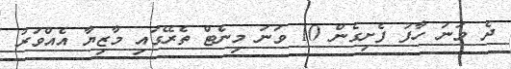
ދެ ވަނަ ހާފު ފެށިގެން 10 ވަނަ މިނެޓް ތެރޭގައި މާޒިޔާ އެއްވަރު